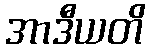
အာဒီယတိ